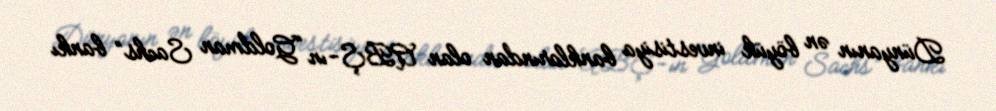
Dünyanın ən böyük investisiya banklarından olan ABŞ-ın “Goldman Sachs” bankı